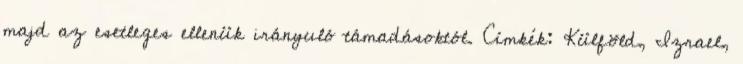
majd az esetleges ellenük irányuló támadásoktól. Címkék: Külföld, Izrael,